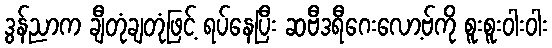
ဒွန်ညာက ချီတုံချတုံဖြင့် ရပ်နေပြီး ဆဗီဒရီဂေးလော့ဗ်ကို စူးစူးဝါးဝါး